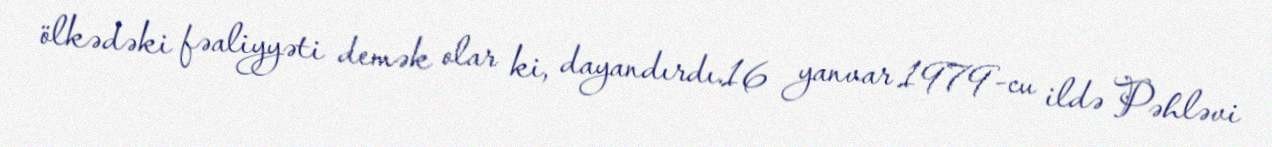
ölkədəki fəaliyyəti demək olar ki, dayandırdı.16 yanvar 1979-cu ildə Pəhləvi